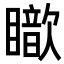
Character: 𥋵